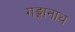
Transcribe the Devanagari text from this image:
गङ्गानाथ